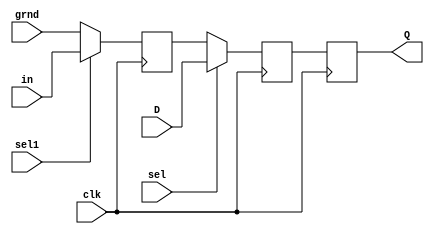
module D_reg(Q,in,D,grnd,sel1,sel,clk);
input in,grnd,D,sel1,sel,clk;
output reg Q;
reg out1,out2;
always@(posedge clk)
begin
if(sel1) out1=in;
else out1=grnd;
end
always@(posedge clk)
begin
if(sel) out2=D;
else out2=out1;
end
always@(posedge clk)
begin
Q<=out2;
end
endmodule